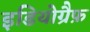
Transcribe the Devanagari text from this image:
इडियोग्रैफ़